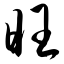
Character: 旺